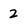
Character: 2